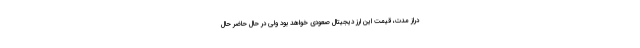
دراز مدت، قیمت این ارز دیجیتال صعودی خواهد بود ولی در حال حاضر حال